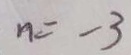
n = - 3